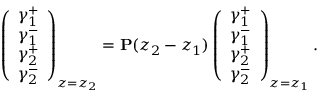
\left( \begin{array} { c } { \gamma _ { 1 } ^ { + } } \\ { \gamma _ { 1 } ^ { - } } \\ { \gamma _ { 2 } ^ { + } } \\ { \gamma _ { 2 } ^ { - } } \end{array} \right) _ { z = z _ { 2 } } = \mathbf { P } ( z _ { 2 } - z _ { 1 } ) \left( \begin{array} { c } { \gamma _ { 1 } ^ { + } } \\ { \gamma _ { 1 } ^ { - } } \\ { \gamma _ { 2 } ^ { + } } \\ { \gamma _ { 2 } ^ { - } } \end{array} \right) _ { z = z _ { 1 } } .